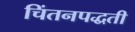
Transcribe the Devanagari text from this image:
चिंतनपद्धती